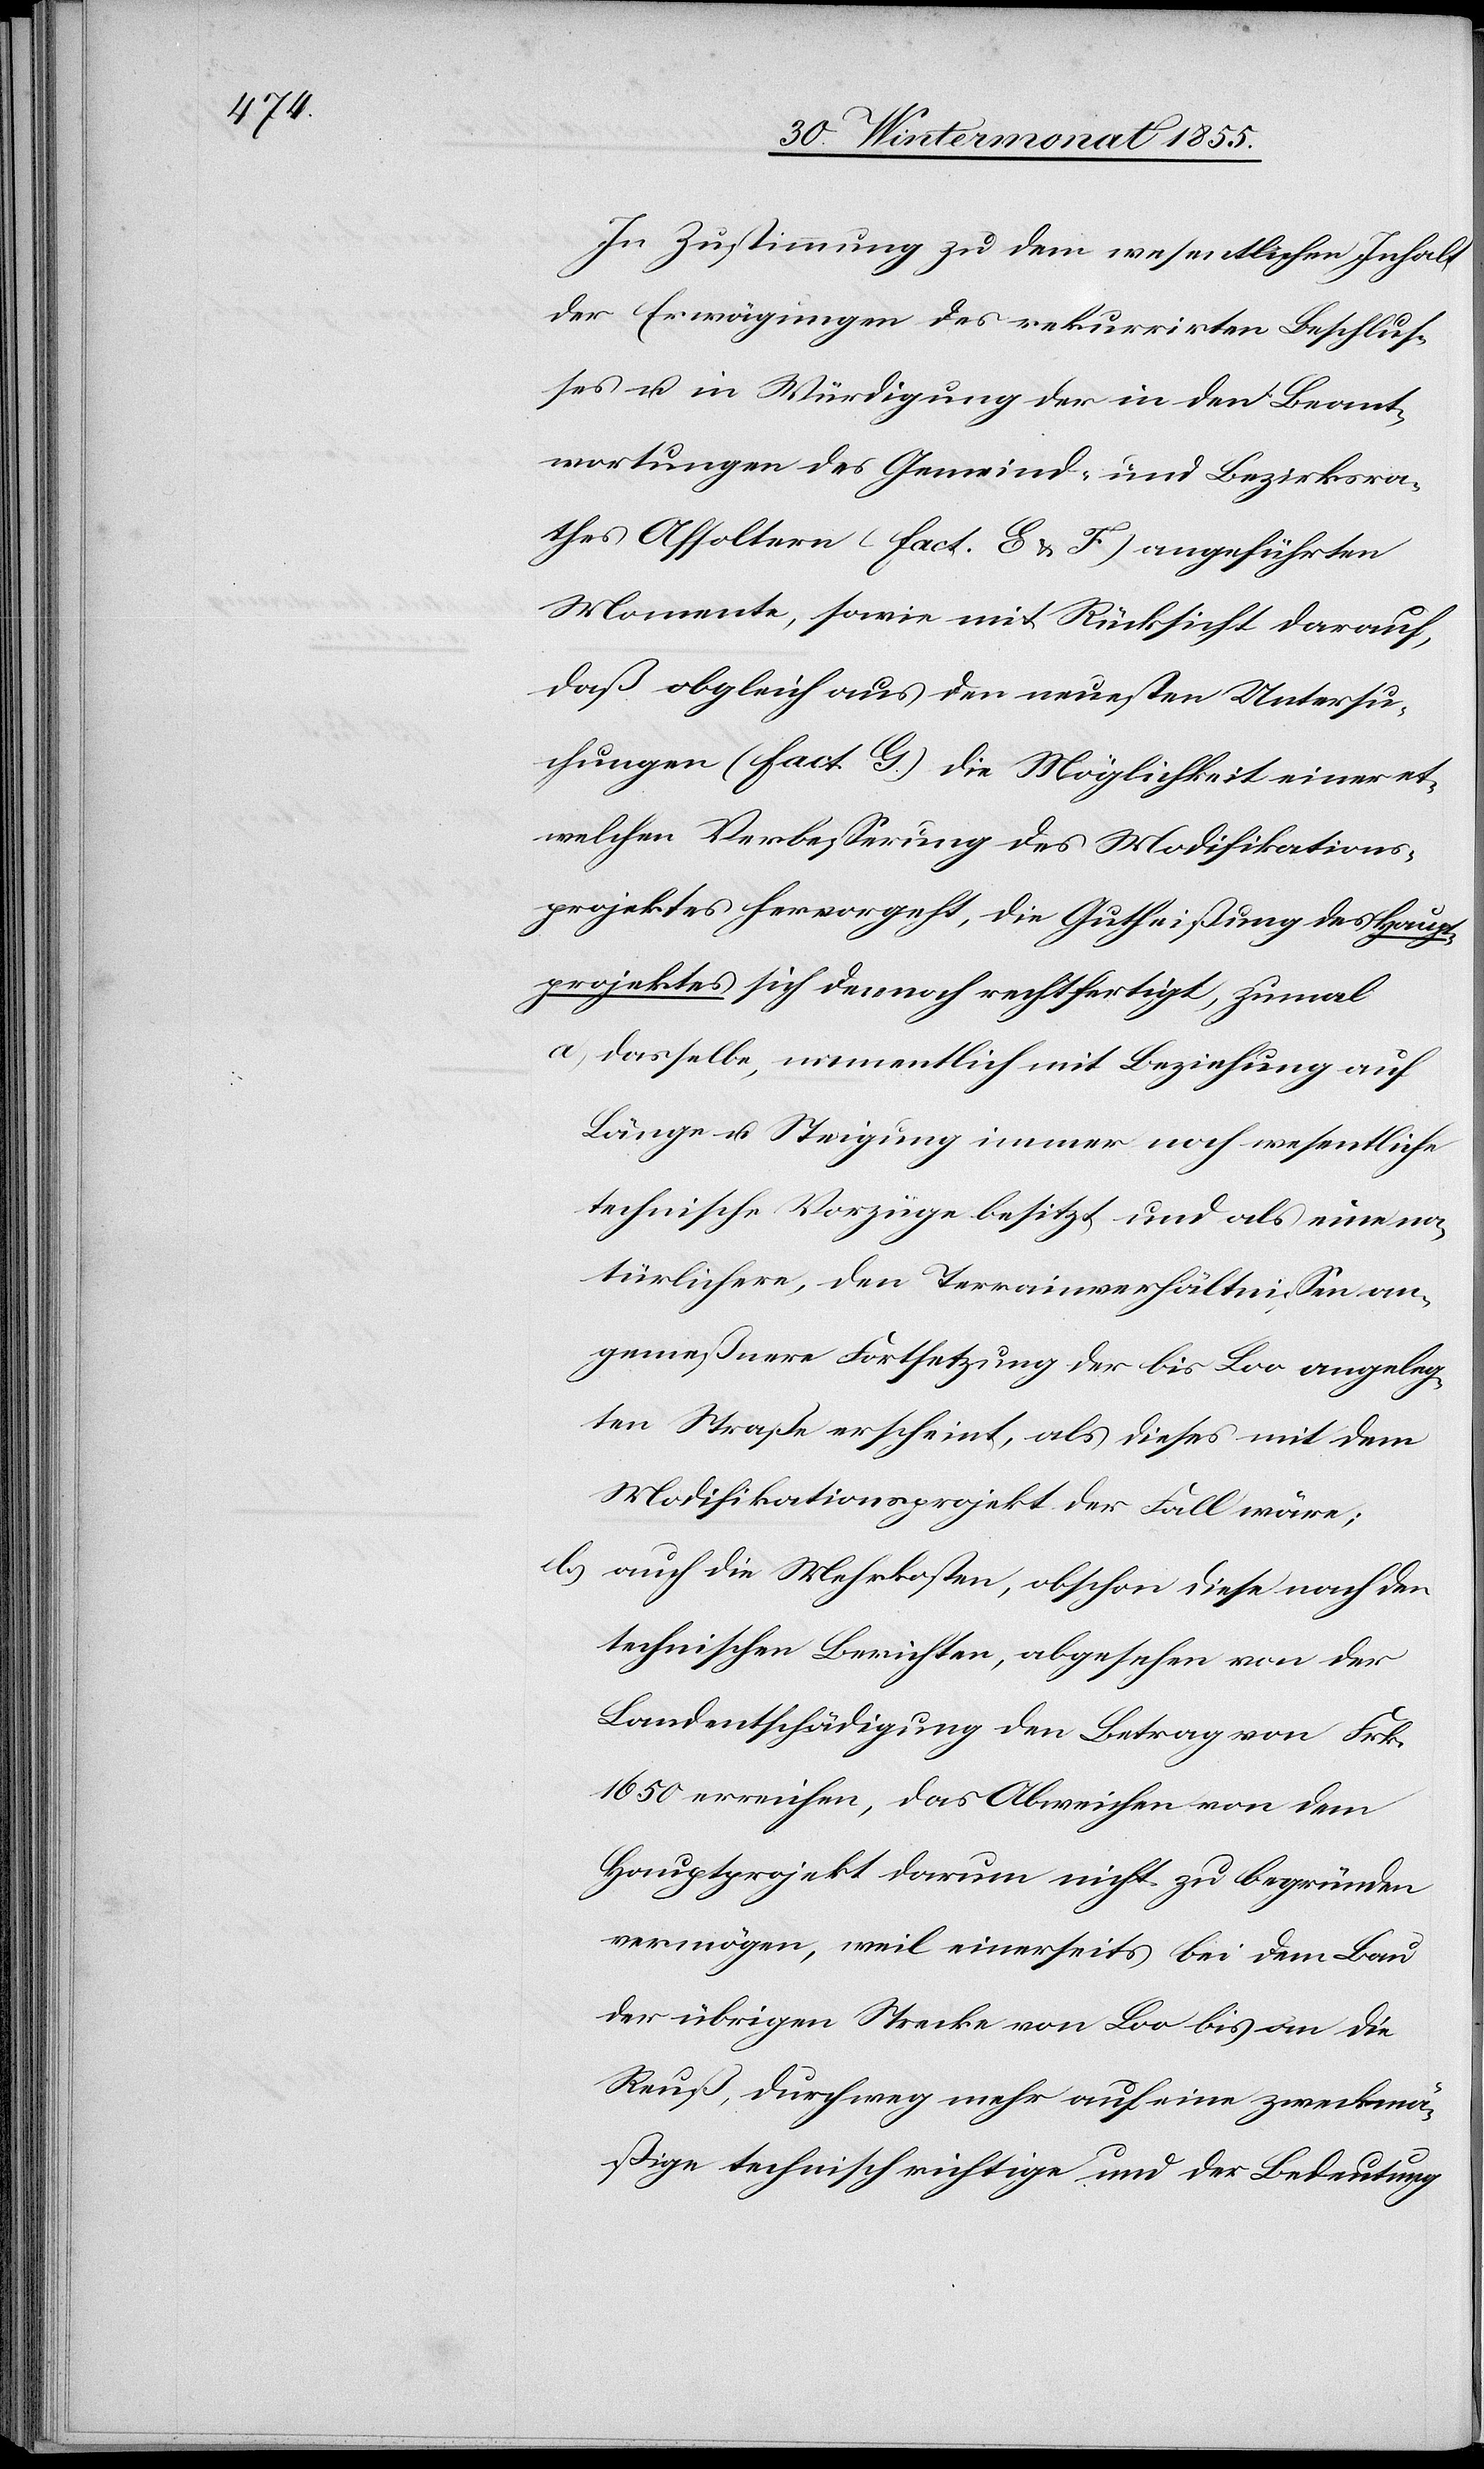
In Zustimmung zu dem wesentlichen Inhalt
der Erwägungen des rekurrirten Beschlus¬
ses u. in Würdigung der in den Beant¬
wortungen des Gemeind- und Bezirksra¬
thes Affoltern (Fact. E & F) angeführten
Momente, sowie mit Rücksicht darauf,
daß obgleich aus den neuesten Untersu¬
chungen (Fact. G.) die Möglichkeit einer et¬
welchen Verbesserung des Modifikations¬
projektes hervorgeht, die Gutheißung des Haupt¬
projektes sich dennoch rechtfertigt, zumal
dasselbe, namentlich mit Beziehung auf
Länge u. Steigung immer noch wesentliche
technische Vorzüge besitzt und als eine na¬
türlichere, den Terrainverhältnissen an¬
gemeß[e]nere Fortsetzung der bis Loo angeleg¬
ten Straße erscheint, als dieses mit dem
Modifikationsprojekt der Fall wäre;
auch die Mehrkosten, obschon diese nach den
technischen Berichten, abgesehen von der
Landentschädigung den Betrag von Frk.
1650 erreichen, das Abweichen von dem
Hauptprojekt darum nicht zu begründen
vermögen, weil einerseits bei dem Bau
der übrigen Strecke von Loo bis an die
Reuß, durchweg mehr auf eine zweckmä¬
ßige technisch richtige und der Bedeutung